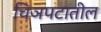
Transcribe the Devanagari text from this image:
चिञपटातील